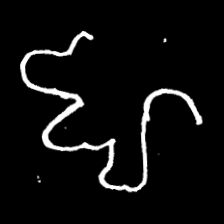
Pyu character \u2014 Myanmar letter: ဈ (romanized: jha)